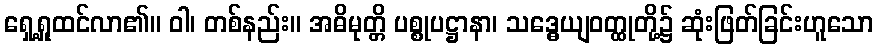
ရှေ့ရှုထင်လာ၏။ ဝါ၊ တစ်နည်း။ အဓိမုတ္တိ ပစ္စုပဋ္ဌာနာ၊ သဒ္ဓေယျဝတ္ထုတို့၌ ဆုံးဖြတ်ခြင်းဟူသော